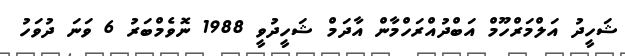
ޝަހީދު އަލްމަރްހޫމް އަބްދުއްރަހްމާން އާދަމް ޝަހީދުވީ 1988 ނޮވެމްބަރު 6 ވަނަ ދުވަހު